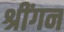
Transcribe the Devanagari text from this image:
श्रींगन